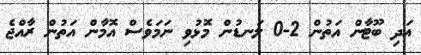
އަދި ބޫޓާން އަތުން 2-0 ލަނޑުން މޮޅުވި ނަމަވެސް އޮމާން އަތުން ރާއްޖެ